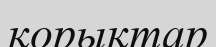
қорықтар